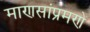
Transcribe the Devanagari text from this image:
माणसांप्रमणे